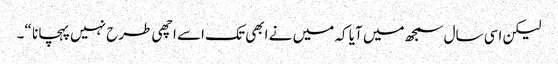
لیکن اسی سال سمجھ میں آیا کہ میں نے ابھی تک اسے اچھی طرح نہیں پہچانا “۔